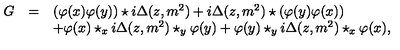
\begin{array} { r c l } { G } & { = } & { ( \varphi ( x ) \varphi ( y ) ) \star i \Delta ( z , m ^ { 2 } ) + i \Delta ( z , m ^ { 2 } ) \star ( \varphi ( y ) \varphi ( x ) ) } \\ { } & { } & { + \varphi ( x ) \star _ { x } i \Delta ( z , m ^ { 2 } ) \star _ { y } \varphi ( y ) + \varphi ( y ) \star _ { y } i \Delta ( z , m ^ { 2 } ) \star _ { x } \varphi ( x ) , } \\ \end{array}